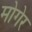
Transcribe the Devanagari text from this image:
मोगेर